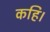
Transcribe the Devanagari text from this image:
कहि।